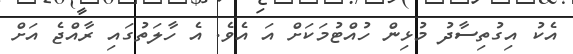
އެކު އިގުތިސާދު މުޅިން ހުއްޓުމަކަށް އަ އެވެ. އެ ހާލަތުގައި ރާއްޖެ އަށް